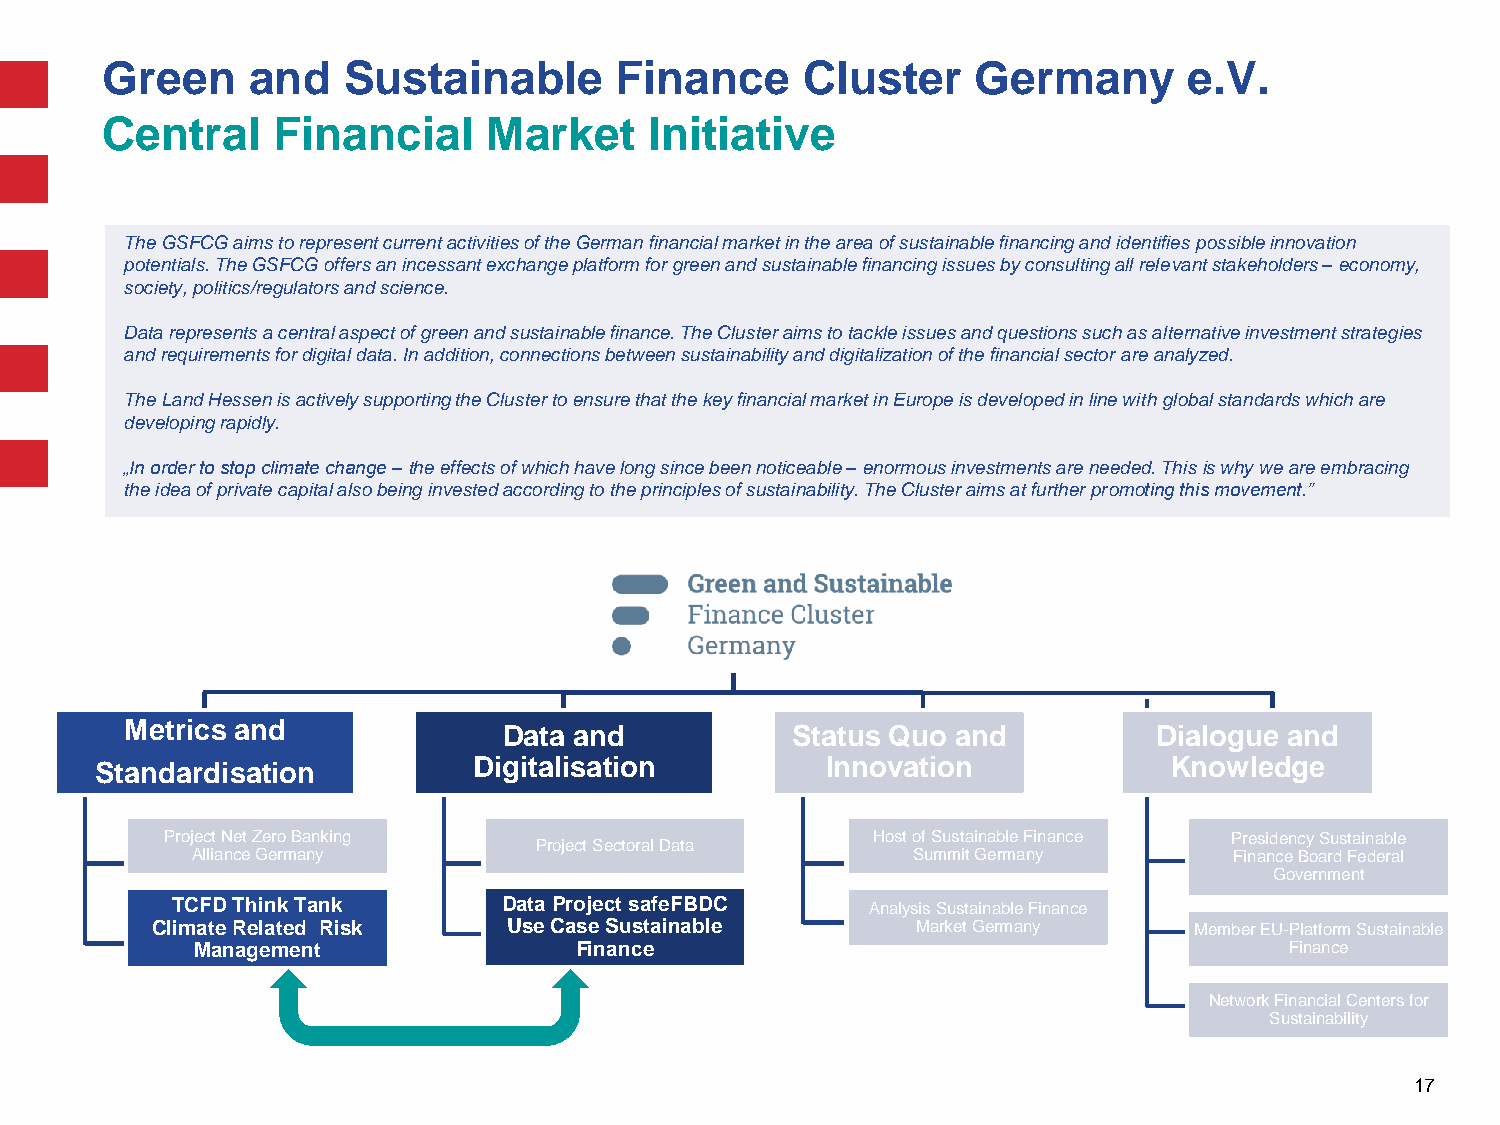
Green    and    Sustainable       Finance     Cluster     Germany       e.V.
 Central    Financial     Market     Initiative
 The GSFCG aims to represent current activities of the German financial market in the area of sustainable financing and identifiespossible innovation
 potentials. The GSFCG offers an incessant exchange platform for green and sustainable financing issues by consulting all relevant stakeholders –economy,
 society, politics/regulators and science.
 Data represents a central aspect of green and sustainable finance. The Cluster aims to tackle issues and questions such as alternative investment strategies
 and requirements for digital data. In addition, connections between sustainability and digitalization of the financial sector are analyzed.
 The Land Hessen is actively supporting the Cluster to ensure that the key financial market in Europe is developed in line with global standards which are
 developing rapidly.
 „In order to stop climate change –the effects of which have long since been noticeable –enormous investments are needed. This is why we are embracing
 the idea of private capital also being invested according to the principles of sustainability. The Cluster aims at further promoting this movement.”
 Metrics and              Data and           Status Quo and           Dialogue and
 Standardisation          Digitalisation          Innovation            Knowledge
 Project Net Zero Banking                       Host of Sustainable Finance Presidency Sustainable
 Project Sectoral Data
 Alliance Germany                               Summit Germany        Finance Board Federal
 Government
 TCFD Think Tank       Data Project safeFBDC    Analysis Sustainable Finance
 Climate Related Risk    Use Case Sustainable       Market Germany    Member EU-Platform Sustainable
 Management               Finance                                        Finance
 Network Financial Centers for
 Sustainability
 17